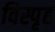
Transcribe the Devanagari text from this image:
विस्पृह